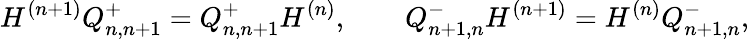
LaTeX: H^{(n+1)}Q_{n,n+1}^{+}=Q_{n,n+1}^{+}H^{(n)},\qquad Q_{n+1,n}^{-}H^{(n+1)}=H^{(n)}Q_{n+1,n}^{-},